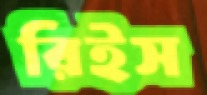
রিইস